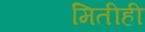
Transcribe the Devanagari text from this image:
मितीही